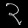
Digit: ၃